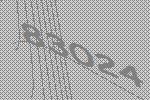
83024